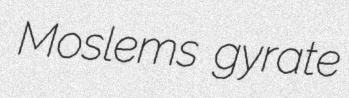
Moslems gyrate